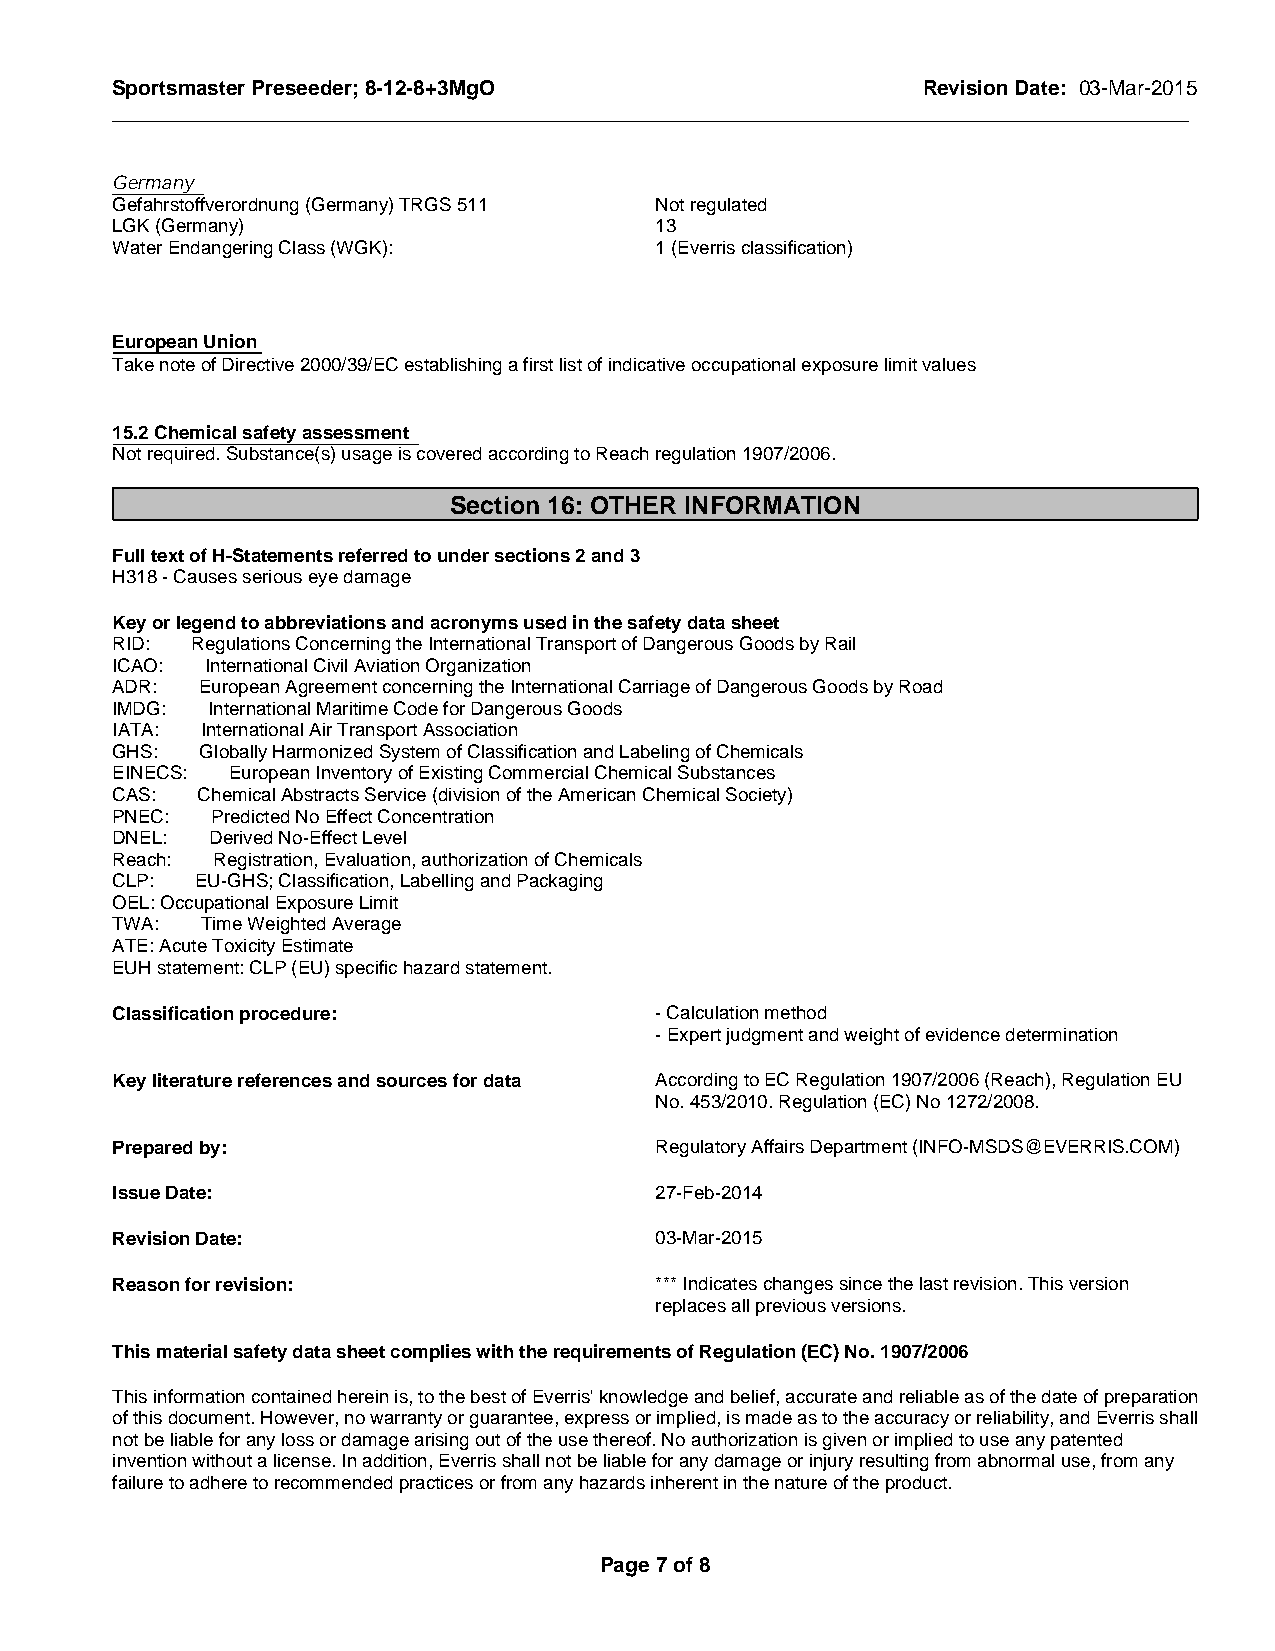
Sportsmaster Preseeder; 8-12-8+3MgO                   Revision Date: 03-Mar-2015
 _____________________________________________________________________________________________
 Germany
 Gefahrstoffverordnung (Germany) TRGS 511 Not regulated
 LGK (Germany)                       13
 Water Endangering Class (WGK):      1 (Everris classification)
 European Union
 Take note of Directive 2000/39/EC establishing a first list of indicative occupational exposure limit values
 15.2 Chemical safety assessment
 Not required. Substance(s) usage is covered according to Reach regulation 1907/2006.
 Section 16: OTHER INFORMATION
 Full text of H-Statements referred to under sections 2 and 3
 H318 - Causes serious eye damage
 Key or legend to abbreviations and acronyms used in the safety data sheet
 RID:  Regulations Concerning the International Transport of Dangerous Goods by Rail
 ICAO:  International Civil Aviation Organization
 ADR:  European Agreement concerning the International Carriage of Dangerous Goods by Road
 IMDG:  International Maritime Code for Dangerous Goods
 IATA: International Air Transport Association
 GHS:  Globally Harmonized System of Classification and Labeling of Chemicals
 EINECS: European Inventory of Existing Commercial Chemical Substances
 CAS:  Chemical Abstracts Service (division of the American Chemical Society)
 PNEC:  Predicted No Effect Concentration
 DNEL:  Derived No-Effect Level
 Reach: Registration, Evaluation, authorization of Chemicals
 CLP:  EU-GHS; Classification, Labelling and Packaging
 OEL: Occupational Exposure Limit
 TWA:  Time Weighted Average
 ATE: Acute Toxicity Estimate
 EUH statement: CLP (EU) specific hazard statement.
 Classification procedure:           - Calculation method
 - Expert judgment and weight of evidence determination
 Key literature references and sources for data According to EC Regulation 1907/2006 (Reach), Regulation EU
 No. 453/2010. Regulation (EC) No 1272/2008.
 Prepared by:                        Regulatory Affairs Department (INFO-MSDS@EVERRIS.COM)
 Issue Date:                         27-Feb-2014
 Revision Date:                      03-Mar-2015
 Reason for revision:                *** Indicates changes since the last revision. This version
 replaces all previous versions.
 This material safety data sheet complies with the requirements of Regulation (EC) No. 1907/2006
 This information contained herein is, to the best of Everris' knowledge and belief, accurate and reliable as of the date of preparation
 of this document. However, no warranty or guarantee, express or implied, is made as to the accuracy or reliability, and Everris shall
 not be liable for any loss or damage arising out of the use thereof. No authorization is given or implied to use any patented
 invention without a license. In addition, Everris shall not be liable for any damage or injury resulting from abnormal use, from any
 failure to adhere to recommended practices or from any hazards inherent in the nature of the product.
 Page 7 of 8